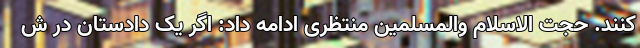
کنند. حجت الاسلام والمسلمین منتظری ادامه داد: اگر یک دادستان در ش